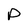
Character: P